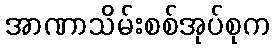
အာဏာသိမ်းစစ်အုပ်စုက